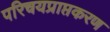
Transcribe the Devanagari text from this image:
परिचयप्राप्तकरण